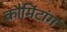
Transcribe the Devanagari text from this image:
कौमिंटांग